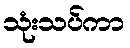
သုံးသပ်ကာ